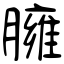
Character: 臃